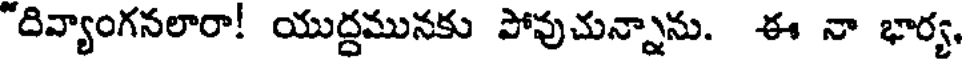
"దివ్యాంగనలారా! యుద్దమునకు పోవుచున్నాను. ఈ నా భార్య,